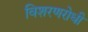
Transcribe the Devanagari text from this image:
विशरणरोधी